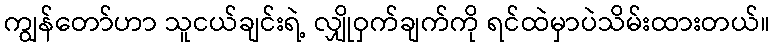
ကျွန်တော်ဟာ သူငယ်ချင်းရဲ့ လျှိုဝှက်ချက်ကို ရင်ထဲမှာပဲသိမ်းထားတယ်။